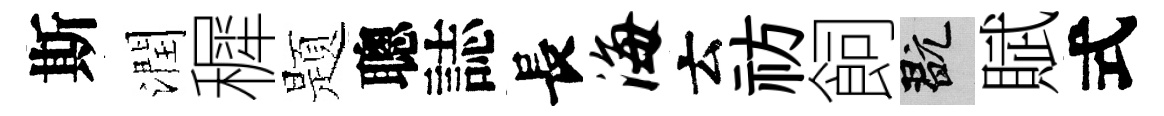
斯潤穉题聰誌長海云祊飼玩賦式